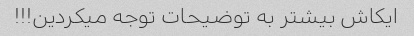
ایکاش بیشتر به توضیحات توجه میکردین!!!